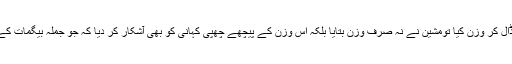
پہلے تو یقین نہ آیا اور دو ڈالر دوبارہ ڈال کر وزن کیا تومشین نے نہ صرف وزن بتایا بلکہ اس وزن کے پیچھے چھپی کہانی کو بھی آشکار کر دیا کہ جو جملہ بیگمات کے زرخیز دماغوں میں تشکیل پاتی ہے۔